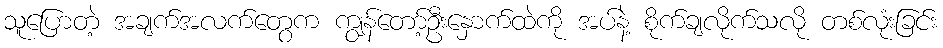
သူပြောတဲ့ အချက်အလက်တွေက ကျွန်တော့်ဦးနှောက်ထဲကို အပ်နဲ့ စိုက်ချလိုက်သလို တစ်လုံးခြင်း